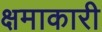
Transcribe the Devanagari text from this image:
क्षमाकारी